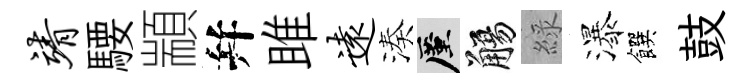
靖騕顓幷雎远湊厪觴綠瀑饌鼓